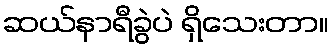
ဆယ်နာရီခွဲပဲ ရှိသေးတာ။